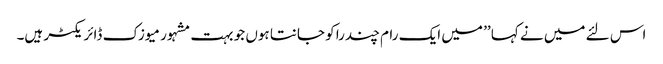
اس لئے میں نے کہا ’’ میں ایک رام چندرا کو جانتا ہوں جو بہت مشہور میوزک ڈائریکٹر ہیں۔